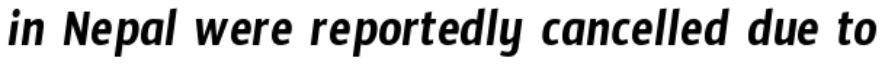
in Nepal were reportedly cancelled due to